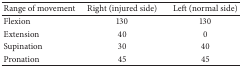
<table><thead><tr><td><b>Range of movement</b></td><td><b>Right (injured side)</b></td><td><b>Left (normal side)</b></td></tr></thead><tbody><tr><td>Flexion </td><td>130</td><td>130</td></tr><tr><td>Extension </td><td>40</td><td>0</td></tr><tr><td>Supination</td><td>30</td><td>40</td></tr><tr><td>Pronation</td><td>45</td><td>45</td></tr></tbody></table>